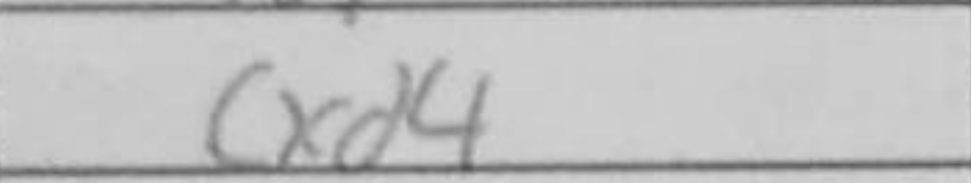
Transcription: cxd4